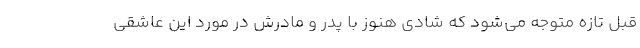
قبل تازه متوجه می‌شود که شادی هنوز با پدر و مادرش در مورد این عاشقی